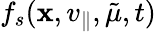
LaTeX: f_{s}(\mathbf{x},v_{\parallel},\tilde{\mu},t)